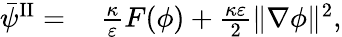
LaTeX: \begin{array}{rl}{\bar{\psi}^{\mathrm{II}}=}&{{}~\frac{\kappa}{\varepsilon}F(\phi)+\frac{\kappa\varepsilon}{2}\| \nabla\phi\| ^{2},}\end{array}